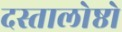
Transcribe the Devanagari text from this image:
दस्तालोष्ठो